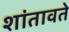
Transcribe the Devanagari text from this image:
शांतावते